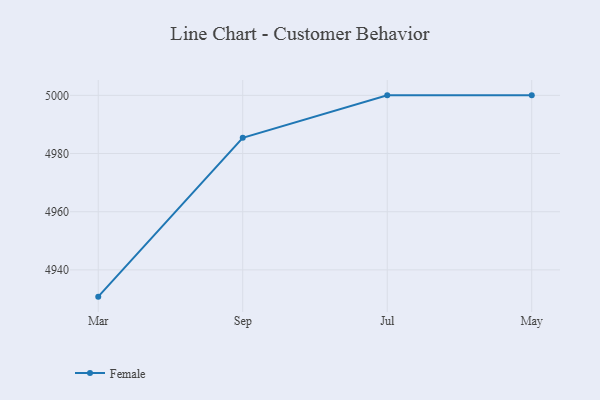
{"axis": {"x": "Month", "y": "Customer Acquisition Cost (USD)"}, "legend": ["Female"], "data": [{"x": "Mar", "y": 4930.8, "type": "Female"}, {"x": "Sep", "y": 4985.4, "type": "Female"}, {"x": "Jul", "y": 5000, "type": "Female"}, {"x": "May", "y": 5000, "type": "Female"}]}